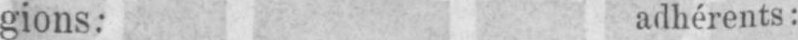
gions: adhérents: